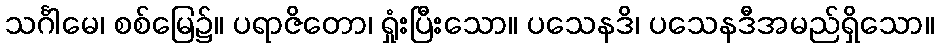
သင်္ဂါမေ၊ စစ်မြေ၌။ ပရာဇိတော၊ ရှုံးပြီးသော။ ပသေနဒိ၊ ပသေနဒီအမည်ရှိသော။